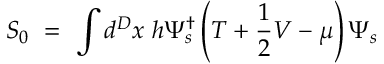
S _ { 0 } ~ = ~ \int d ^ { D } x ~ h \Psi _ { s } ^ { \dagger } \left( T + \frac { 1 } { 2 } V - \mu \right) \Psi _ { s }